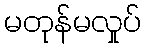
မတုန်မလှုပ်